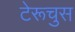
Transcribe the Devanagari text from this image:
टेरूचुस